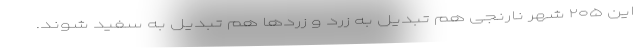
این ۲۰۵ شهر نارنجی هم تبدیل به زرد و زرد‌ها هم تبدیل به سفید شوند.